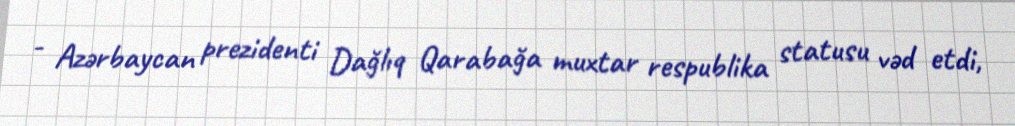
- Azərbaycan prezidenti Dağlıq Qarabağa muxtar respublika statusu vəd etdi,